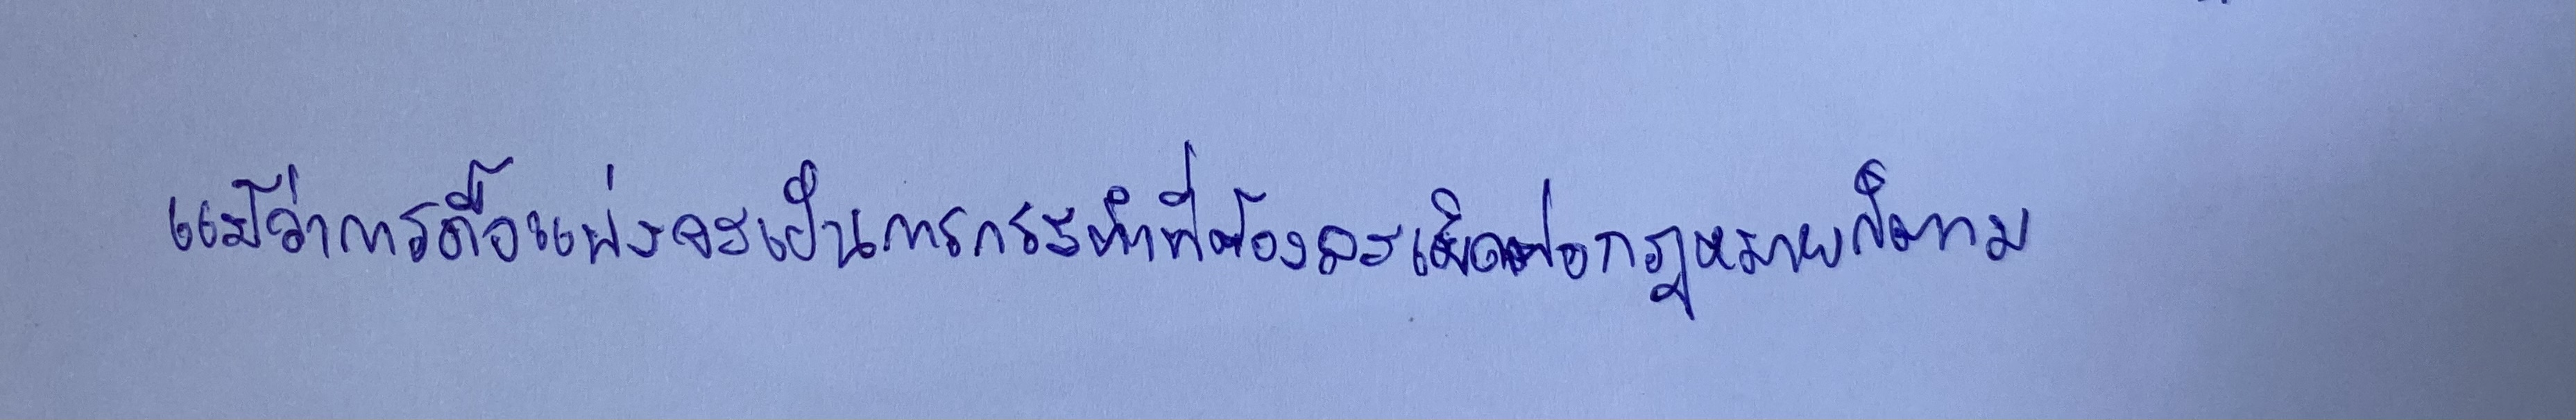
แม้ว่าการดื้อแพ่งจะเป็นการกระทำที่ต้องละเมิดต่อกฎหมายก็ตาม